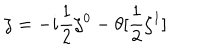
\zeta = - i \frac { 1 } { 2 } \zeta ^ { 0 } - \theta [ \frac { 1 } { 2 } \zeta ^ { 1 } ]